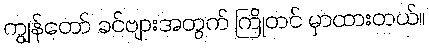
ကျွန်တော် ခင်ဗျားအတွက် ကြိုတင် မှာထားတယ်။